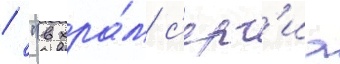
/ "в хра́м с'ерг'иа